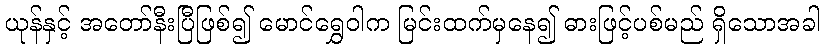
ယုန်နှင့် အတော်နီးပြီဖြစ်၍ မောင်ရွှေဝါက မြင်းထက်မှနေ၍ ဓားဖြင့်ပစ်မည် ရှိသောအခါ